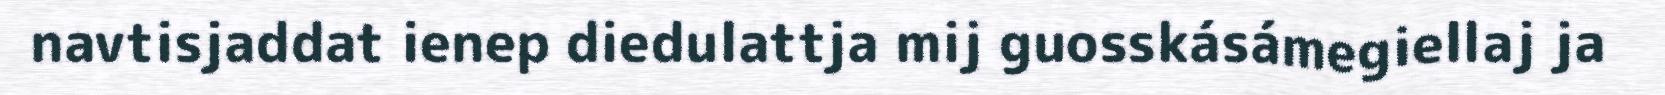
navtisjaddat ienep diedulattja mij guosskásámegiellaj ja